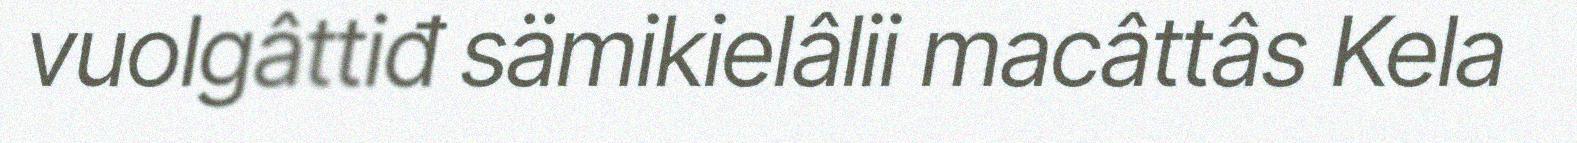
vuolgâttiđ sämikielâlii macâttâs Kela